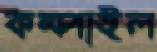
কম্পাইল